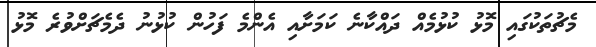
މެޗުތަކުގައި މޮޅު ކުޅުމެއް ދައްކާނެ ކަމަށާއި އެންމެ ފަހުން ކުޅުނު ދެމެޗަށްވުރެ މޮޅު